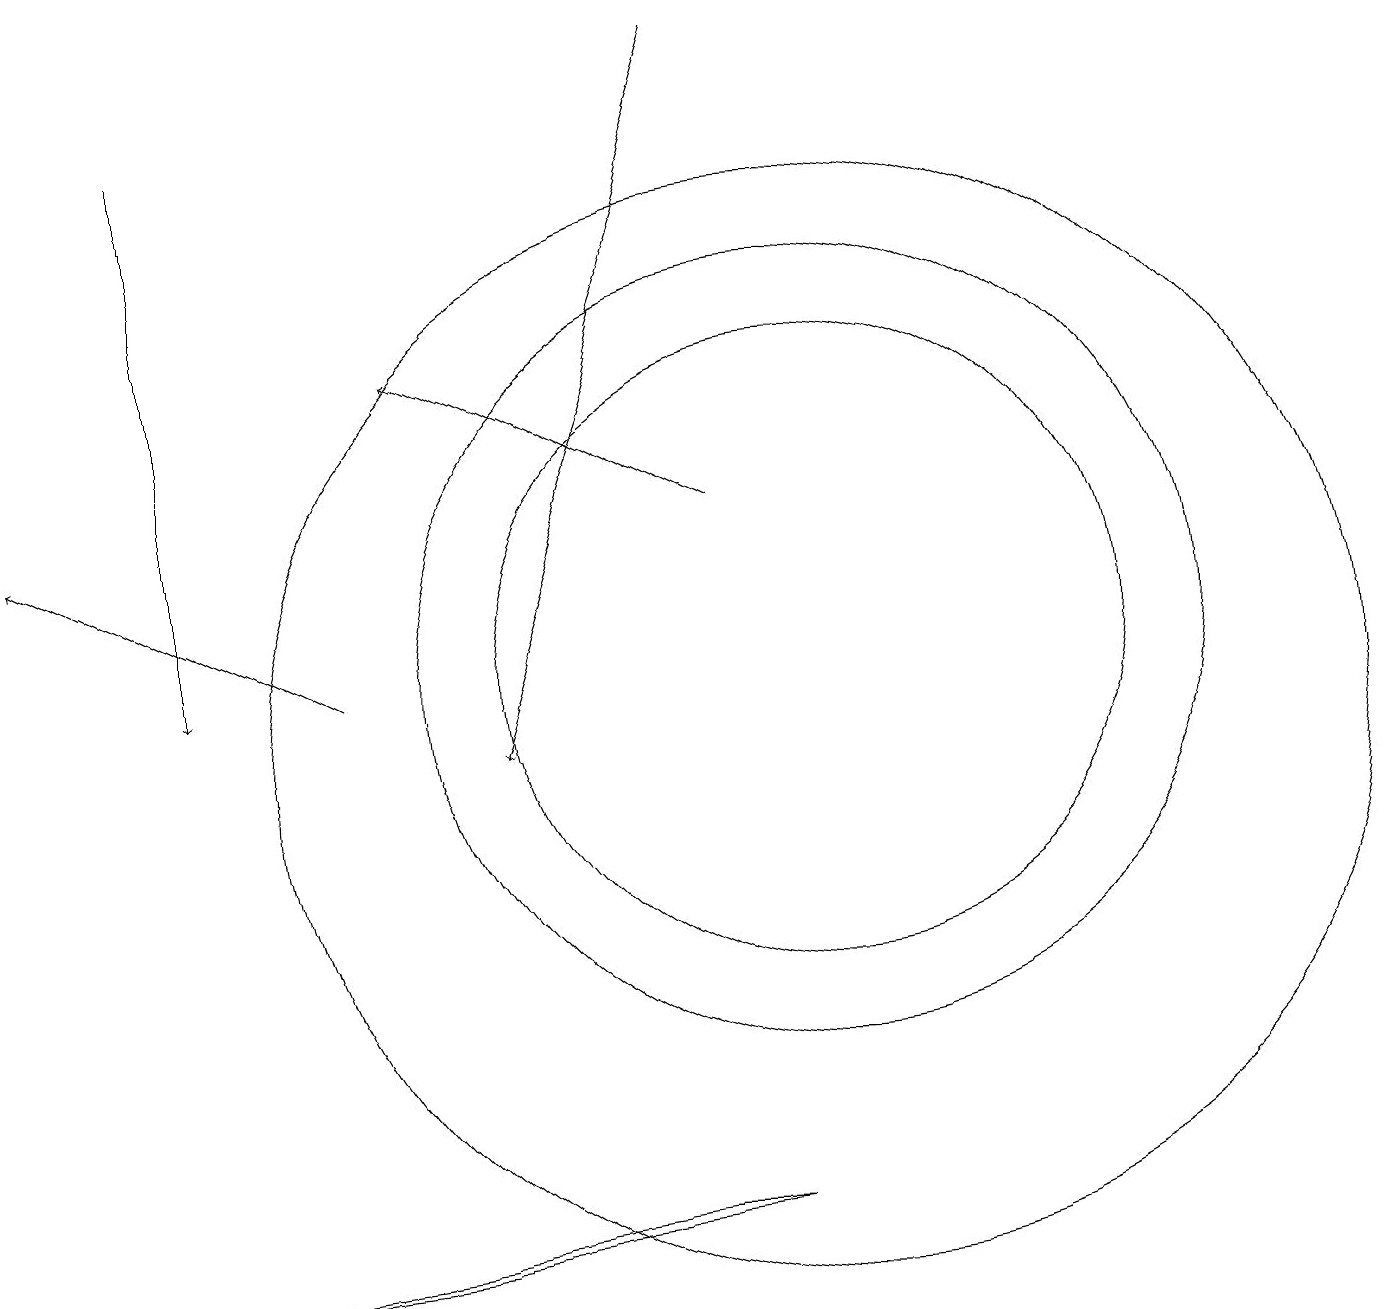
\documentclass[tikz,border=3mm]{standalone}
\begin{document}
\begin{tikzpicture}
\draw[->] (9,13) -- (5,15);
\draw[->] (4,11) -- (0,13);
\draw[->] (9,19) -- (6,10);
\draw (10,10) circle (7);
\draw (10,11) circle (5);
\draw (10,11) circle (4);
\draw (8,4) -- (0,3) -- (9,4) -- cycle;
\draw[->] (2,18) -- (2,11);
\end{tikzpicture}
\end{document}